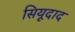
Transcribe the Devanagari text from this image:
सियूदाद